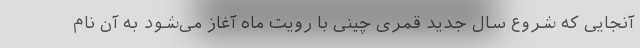
آنجایی که شروع سال جدید قمری چینی با رویت ماه آغاز می‌شود به آن نام